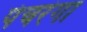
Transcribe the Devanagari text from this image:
पंचरंगा